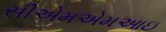
સીએમએમઆઇ